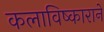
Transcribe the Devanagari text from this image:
कलाविष्काराने